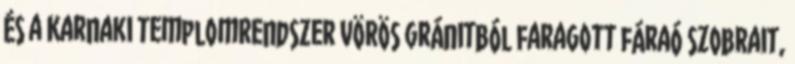
és a Karnaki templomrendszer vörös gránitból faragott fáraó szobrait,